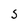
Character: S